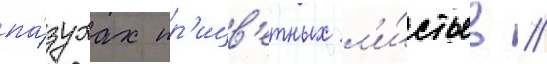
па́зухах пр'ицв'етных л'и́стьев //